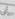
أن